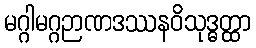
မဂ္ဂါမဂ္ဂဉာဏဒဿနဝိသုဒ္ဓတ္ထာ